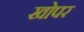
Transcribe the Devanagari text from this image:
खोपर